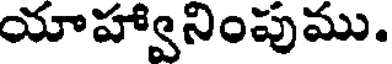
యాహ్వానింపుము.